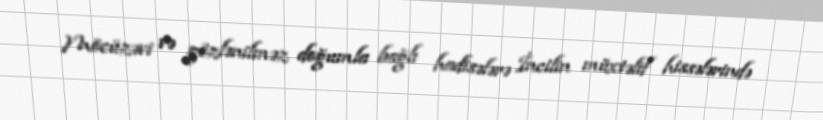
Möcüzəvi və gözlənilməz doğumla bağlı hadisələrə İncilin müxtəlif hissələrində